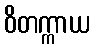
ဝိတက္ကာယ